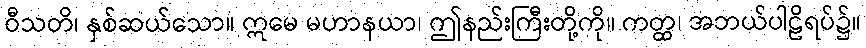
ဝီသတိ၊ နှစ်ဆယ်သော။ ဣမေ မဟာနယာ၊ ဤနည်းကြီးတို့ကို။ ကတ္ထ၊ အဘယ်ပါဠိရပ်၌။